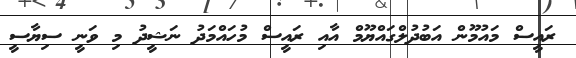
ރައީސް މައުމޫން އަބުދުލްގައްޔޫމް އާއި ރައީސް މުހައްމަދު ނަޝީދު މި ވަނީ ސިޔާސީ